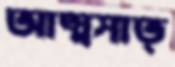
আত্মসাত্